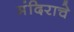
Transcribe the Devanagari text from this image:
मंदिराचे